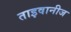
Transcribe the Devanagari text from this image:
ताइवानीज